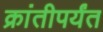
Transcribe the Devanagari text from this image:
क्रांतीपर्यंत